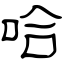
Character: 哈